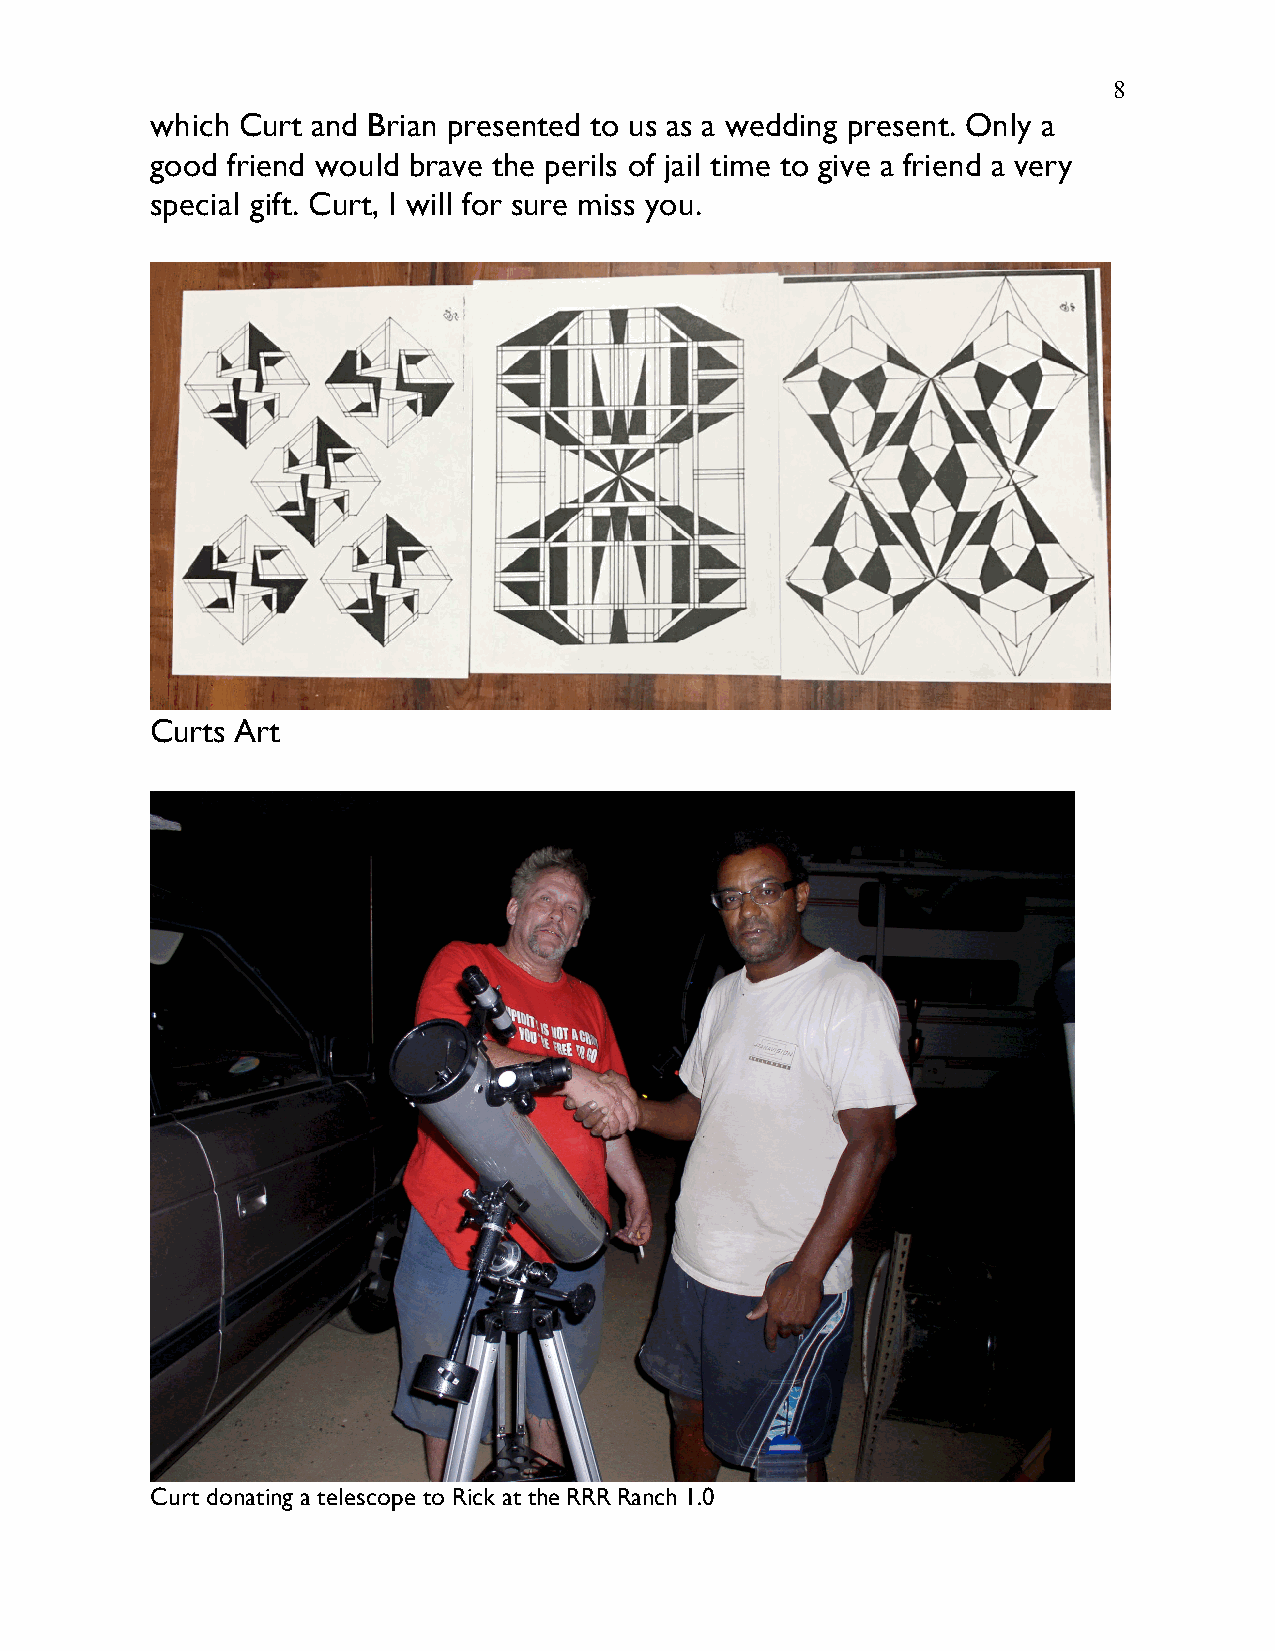
8
 which Curt and Brian presented to us as a wedding present. Only a
 good friend would brave the perils of jail time to give a friend a very
 special gift. Curt, I will for sure miss you.
 Curts Art
 Curt donating a telescope to Rick at the RRR Ranch 1.0